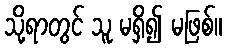
သို့ရာတွင် သူ မရှိ၍ မဖြစ်။